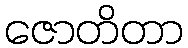
ဇောတိတာ